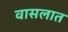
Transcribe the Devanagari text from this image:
वासलात